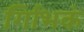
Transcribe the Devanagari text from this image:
र्गािभकं